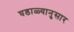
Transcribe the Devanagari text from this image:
घडाळ्यानुसार